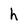
Character: h